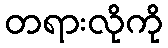
တရားလိုကို